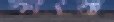
কাৎরা